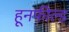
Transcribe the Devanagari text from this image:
हूनफील्ड